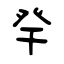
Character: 癷